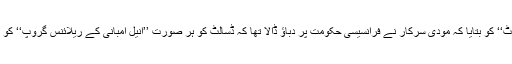
بعد ازاں سابق فرانسیسی صدر فرانکوئے ہولینڈ نے ایک جریدے ’’میڈیاپارٹ‘‘ کو بتایا کہ مودی سرکار نے فرانسیسی حکومت پر دباؤ ڈالا تھا کہ ڈسالٹ کو ہر صورت ’’انیل امبانی کے ریلائنس گروپ‘‘ کو بھارت میں اپنا شراکت دار بنانا ہوگا، ورنہ وہ اس معاہدے کو بھول جائیں۔